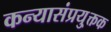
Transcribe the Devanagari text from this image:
कन्यासंप्रयु्क्तक